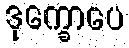
ဒုက္ခောပေ